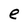
Character: e